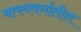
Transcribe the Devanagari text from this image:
मत्स्यवर्गातील